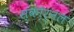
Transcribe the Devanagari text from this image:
स्कोर्नल